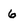
Character: 6